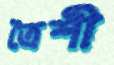
ত্রৈশী